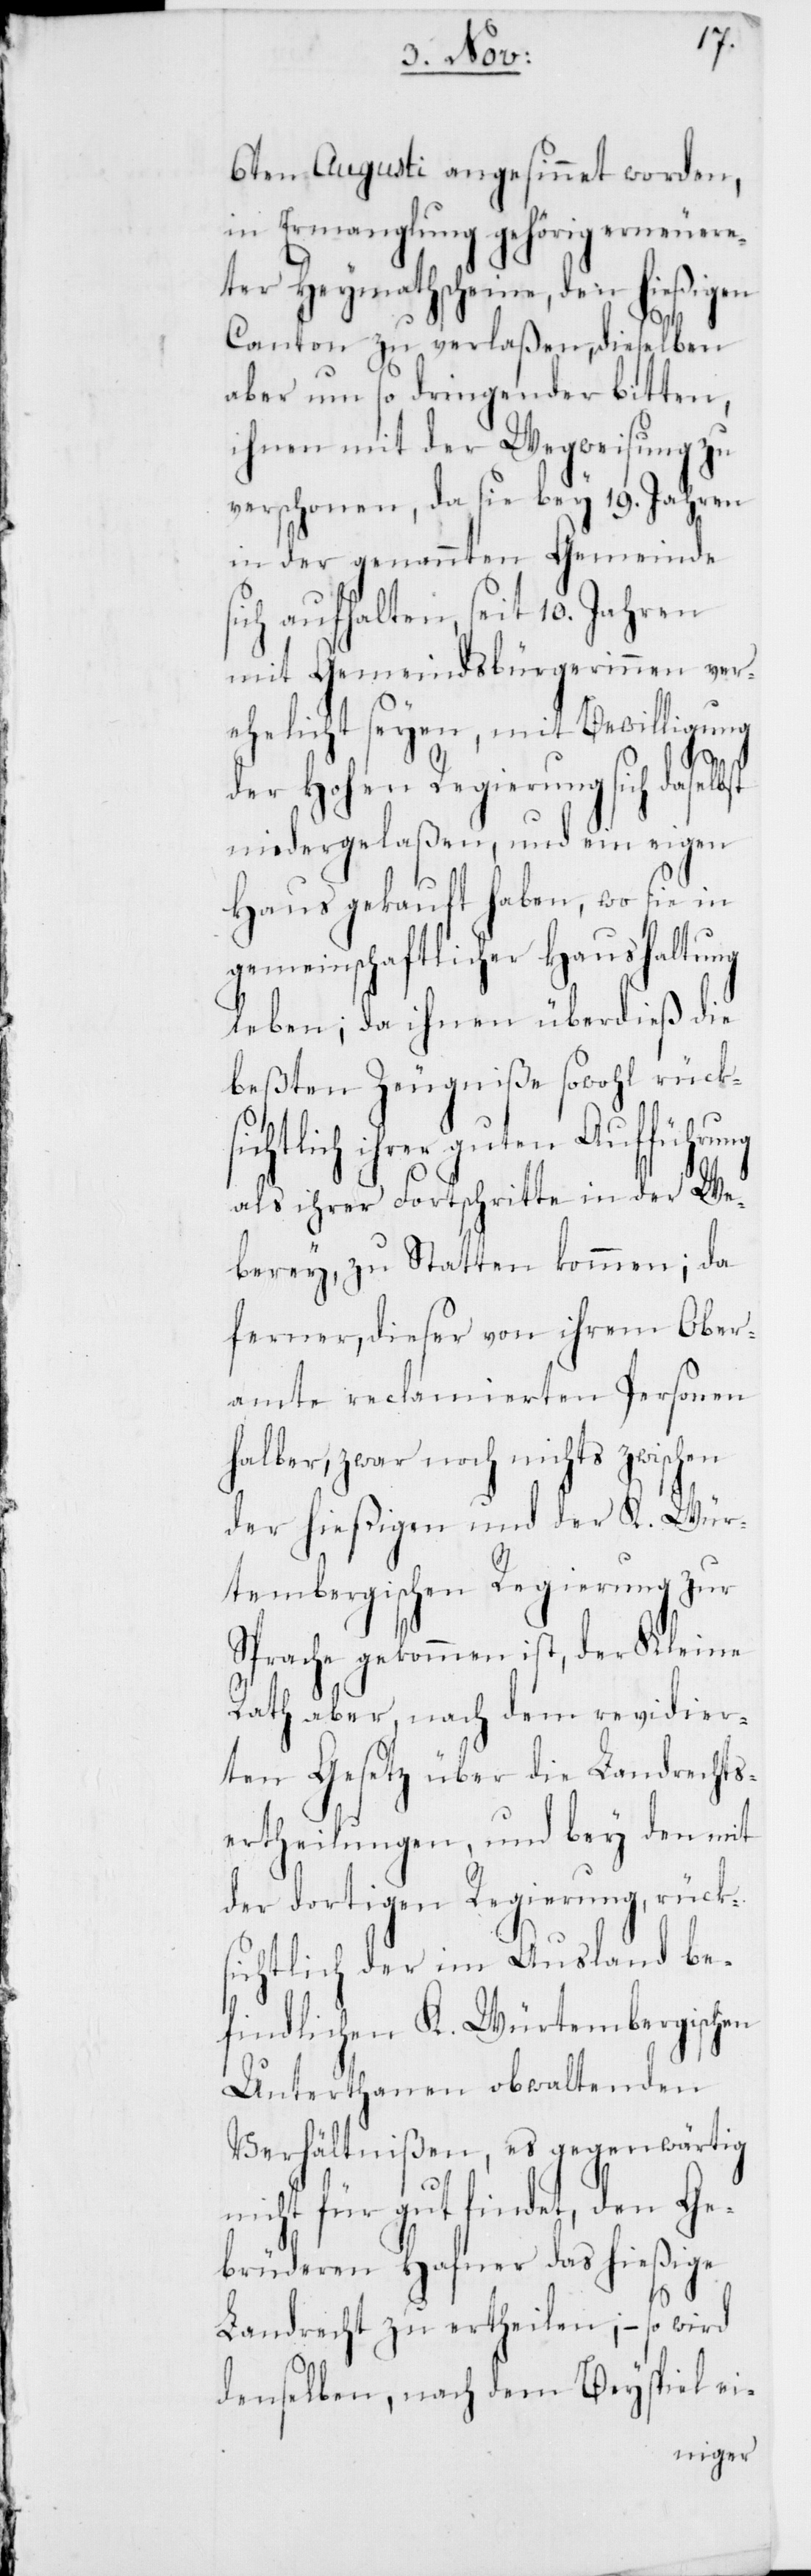
st
6ten Augusti angesinnet worden,
in Ermanglung gehörig erneuere¬
ter Heymathscheine, den hießigen
Canton zu verlaßen, dieselben
aber um so dringender bitten,
ihnen mit der Wegweisung zu
verschonen, da sie bey 19. Jahren
in der genannten Gemeinde
ich aufhalten, seit 10. Jahren
mit Gemeindsbürgerinnen ver¬
ehelicht seyen, mit Bewilligung
der Hohen Regierung sich daselb¬
niedergelaßen, und ein eigen
Haus gekauft haben, wo sie in
gemeinschaftlicher Haushaltung
leben; da ihnen überdies die
beßten Zeugniße sowohl rücksi¬
chtlich ihrer guten Aufführung
als ihrer Fortschritte in der We¬
berey zustatten kommen; da
ferner, dieser von ihrem Ober¬
amte reclamierten Personen
halber, zwar noch nichts zwischen
der hießigen und der K. Wür¬
tembergischen Regierung zur
Sprache gekommen ist, der Kleine
Rath aber, nach dem revidier¬
ten Gesetz über die Landrechts¬
ertheilungen, und bey den mit
der dortigen Regierung, rück¬
sichtlich der im Ausland be¬
findlichen K. Würtembergischen
Unterthanen obwaltenden
Verhältnißen, es gegenwärtig
nicht für gut findet, den Ge¬
brüderen Hafner das hießige
Landrecht zu ertheilen; – so wird
denselben nach dem Beyspiel ei-